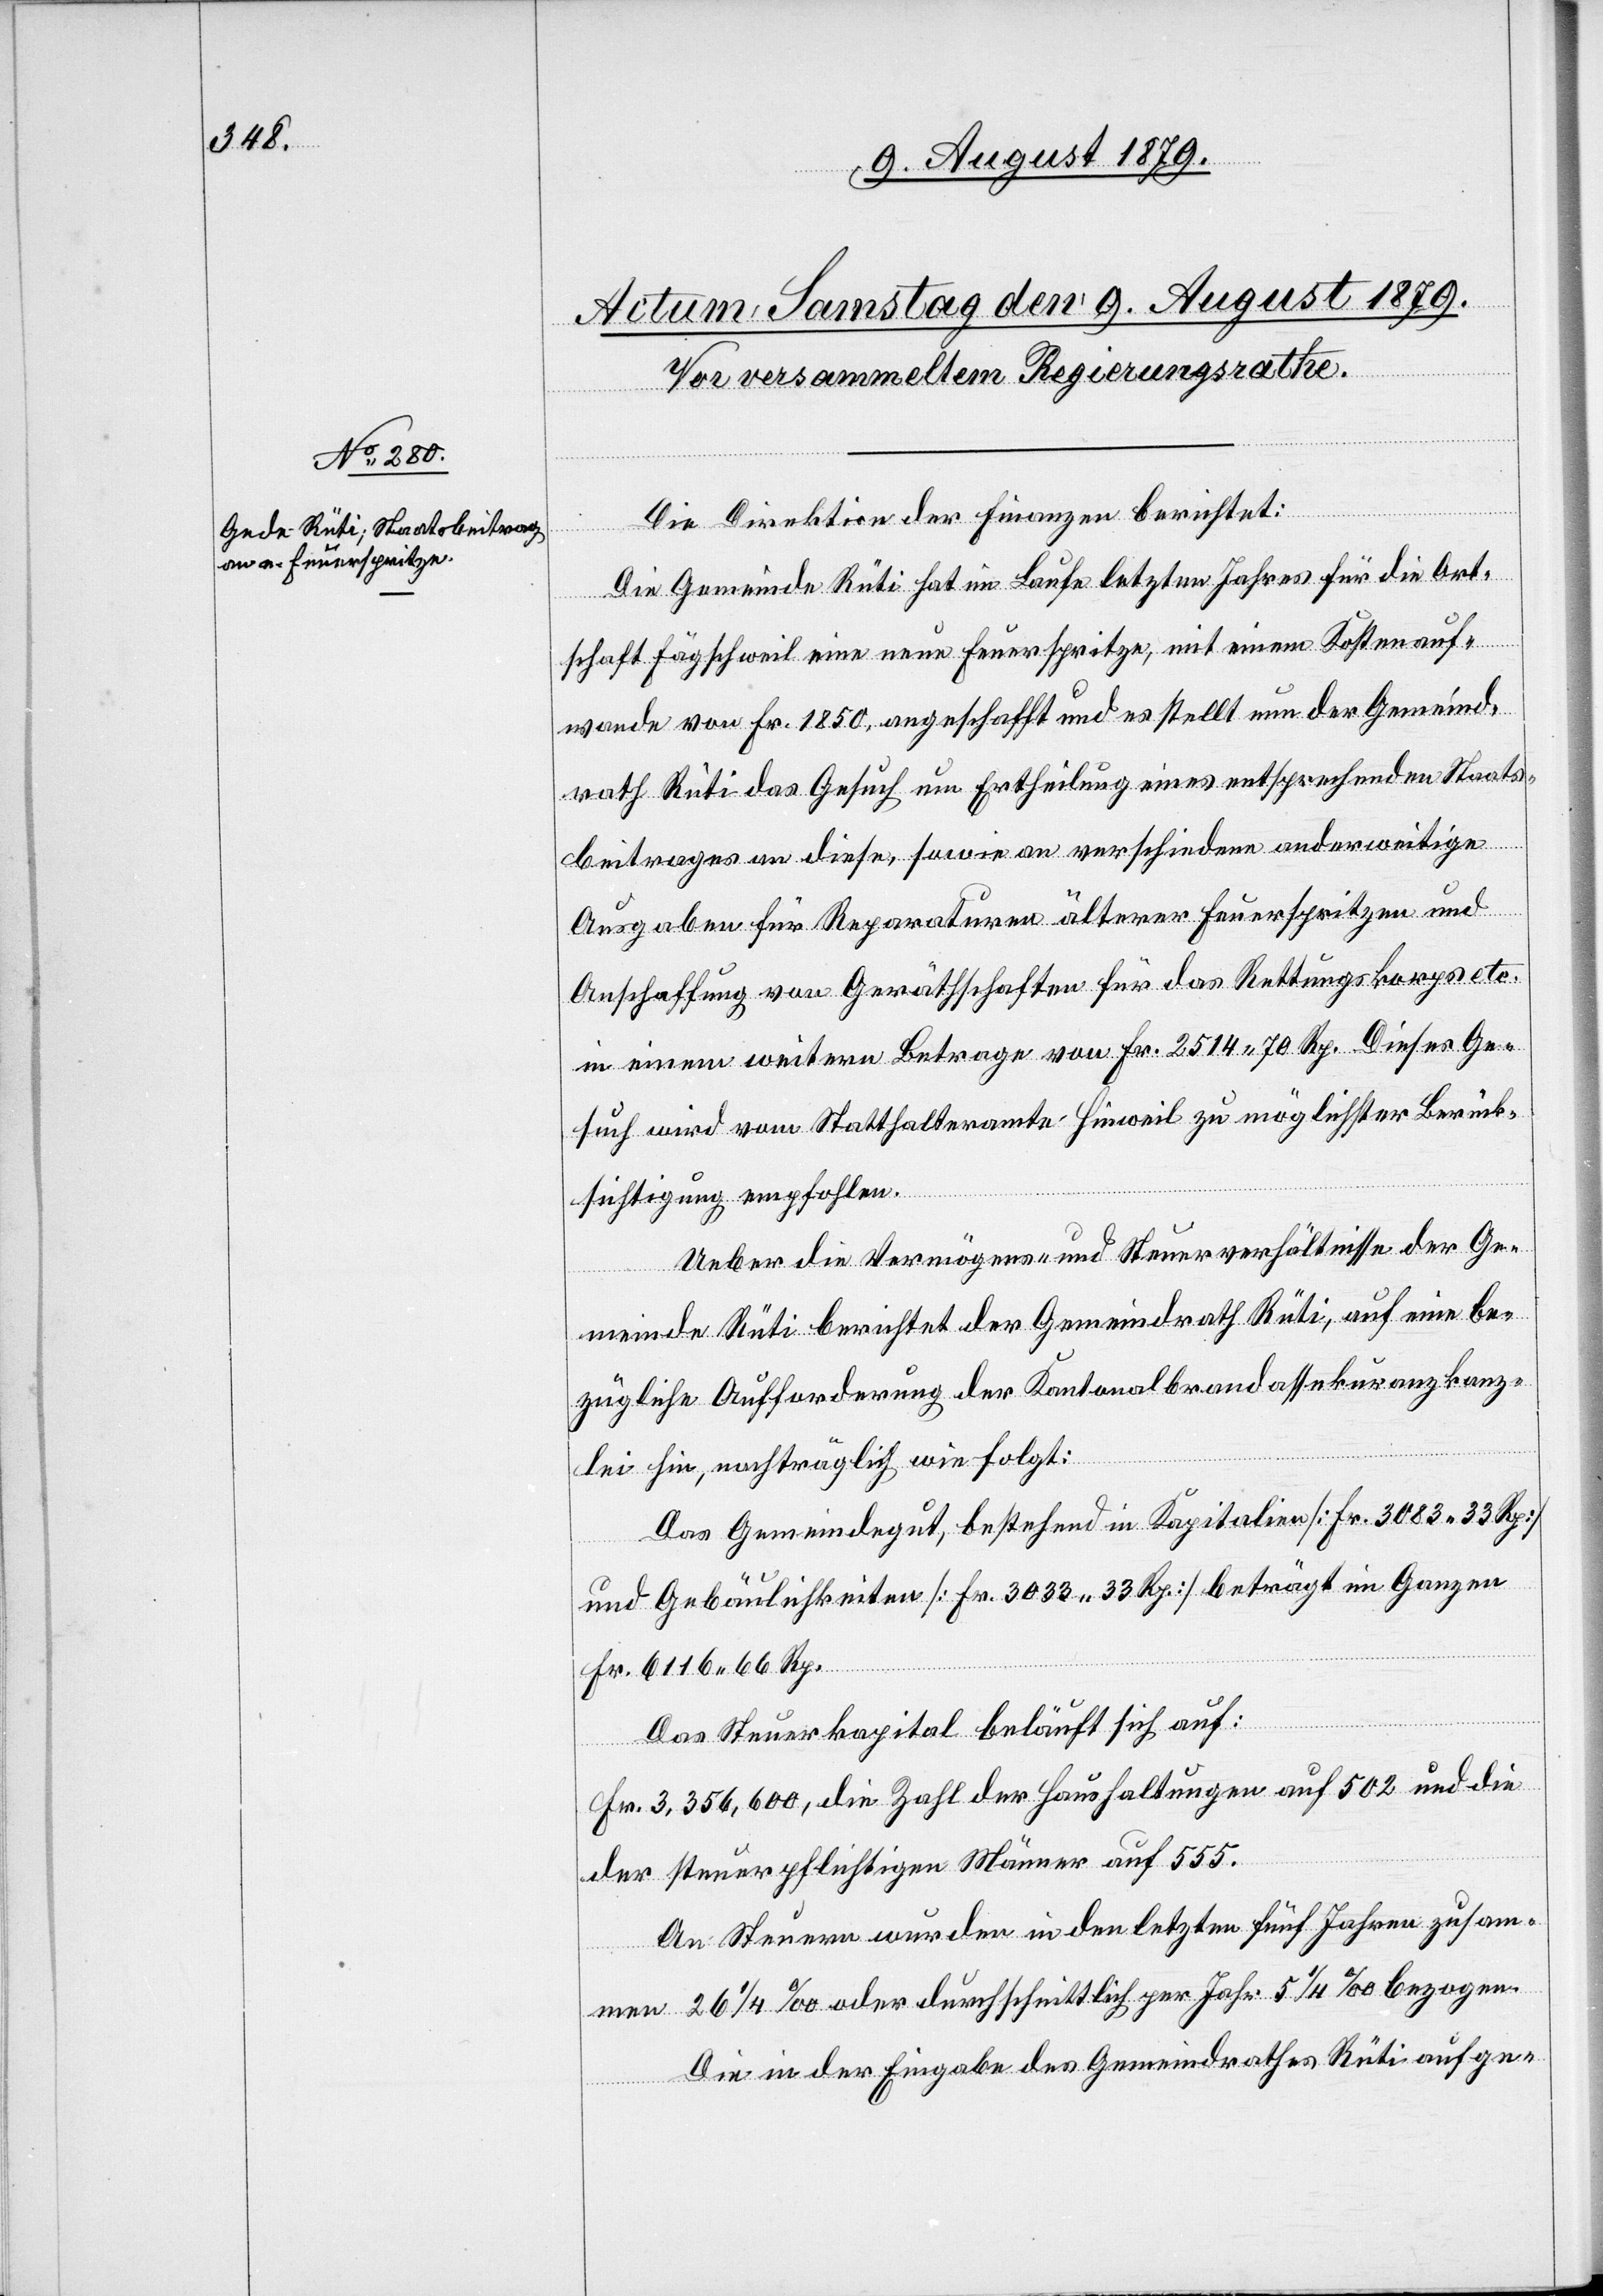
bezogen.
Die Direktion der Finanzen berichtet:
26
Die Gemeinde Rüti hat im Laufe letzten Jahres für die Ort¬
schaft Fägschweil eine neue Feuerspritze, mit einem Kostenauf¬
wande von Fr. 1850 angeschafft und es stellt nun der Gemeind¬
rath Rüti das Gesuch um Ertheilung eines entsprechenden Staats¬
beitrages an diese, sowie an verschiedene anderweitige
Ausgaben für Reparaturen älterer Feuerspritzen und
Anschaffung von Geräthschaften für das Rettungskorps etc.
in einem weitern Betrage von Fr. 2514 70 Rp. Dieses Ge¬
such wird vom Statthalteramte Hinweil zu möglichster Berück¬
sichtigung empfohlen.
Ueber die Vermögens- und Steuerverhältnisse der Ge¬
meinde Rüti berichtet der Gemeindrath Rüti, auf eine be¬
zügliche Aufforderung der Kantonalbrandassekuranzkanz¬
lei hin, nachträglich wie folgt:
Das Gemeindegut, bestehend in Kapitalien [Fr. 3083 33 Rp.]
und Gebäulichkeiten [Fr. 3033 33 Rp.] beträgt im Ganzen
Fr. 6116 66 Rp.
Das Steuerkapital beläuft sich auf:
Fr. 3,356,600, die Zahl der Haushaltungen auf 502 und die
der steuerpflichtigen Männer auf 555.
An Steuern wurden in den letzten fünf Jahren zusam¬
die in der Eingabe des Gemeindrathes Rüti aufge-